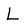
Character: L